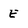
Character: E